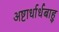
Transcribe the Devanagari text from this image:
अष्टार्धार्धबाहु